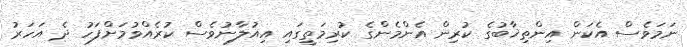
ނަމަވެސް އެކަން އިންތިޚާބުގެ ކުރިން އެންމެންގެ ކުރިމަތީގައި އިއުލާނުވެސް ކުރެއްވުމަށްފަހު ދެ އަހަރު